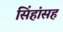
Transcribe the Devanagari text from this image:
सिंहांसह